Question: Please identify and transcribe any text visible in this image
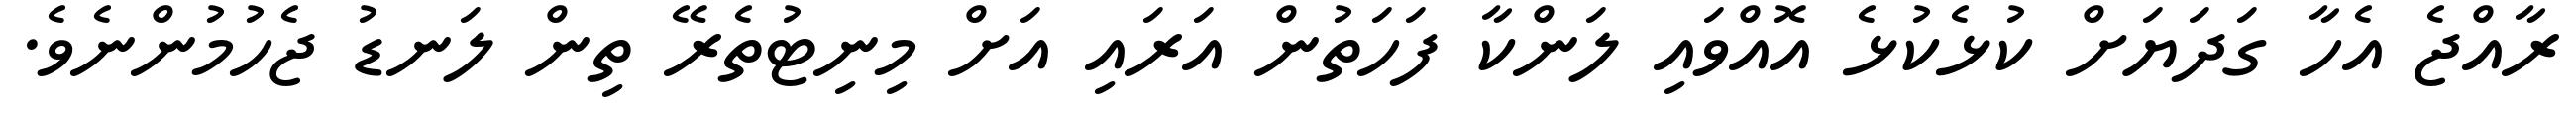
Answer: ރާއްޖެ އެހާ ގަދަޔަށް ކުޅެކުޅެ އޮއްވައި ލަންކާ ފަހަތުން އަރައި އަށް މިނިޓުތެރޭ ތިން ލަނޑު ޖެހުމުންނެވެ.